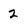
Character: 2